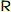
R